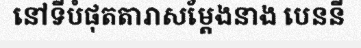
នៅទីបំផុតតារាសម្តែងនាង បេននី